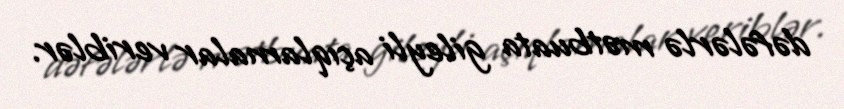
dəfələrlə mətbuata gileyli açıqlamalar veriblər.